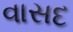
વાસદ